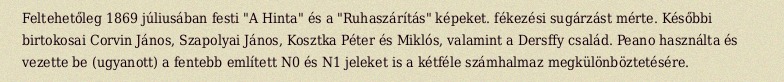
Feltehetőleg 1869 júliusában festi "A Hinta" és a "Ruhaszárítás" képeket. fékezési sugárzást mérte. Későbbi birtokosai Corvin János, Szapolyai János, Kosztka Péter és Miklós, valamint a Dersffy család. Peano használta és vezette be (ugyanott) a fentebb említett N0 és N1 jeleket is a kétféle számhalmaz megkülönböztetésére.